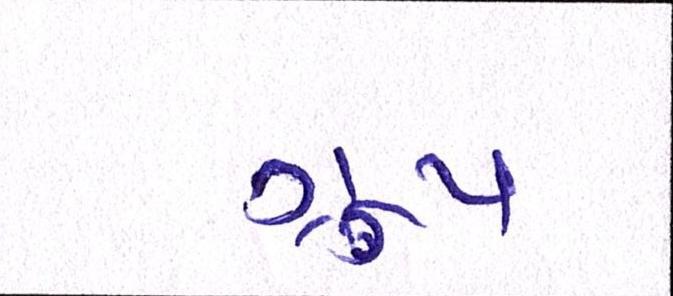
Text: ગ્રૂપ